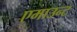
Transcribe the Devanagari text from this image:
एमाउन्ट